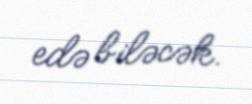
edə biləcək.